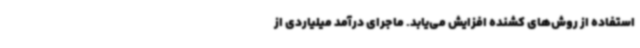
استفاده از روش‌های کشنده افزایش می‌یابد. ماجرای درآمد میلیاردی از